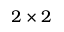
2 \times 2